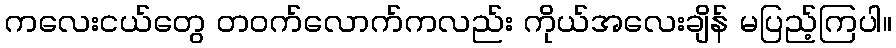
ကလေးငယ်တွေ တဝက်လောက်ကလည်း ကိုယ်အလေးချိန် မပြည့်ကြပါ။